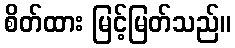
စိတ်ထား မြင့်မြတ်သည်။